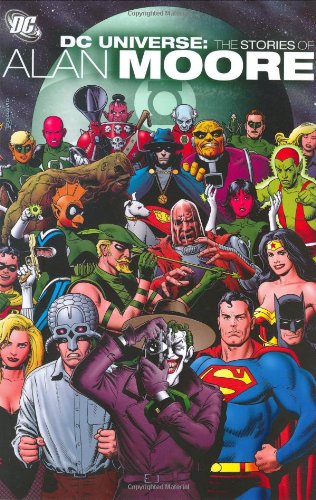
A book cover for DC Universe: The Stories of Alan Moore; Alan Moore; Comics & Graphic Novels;